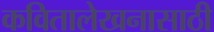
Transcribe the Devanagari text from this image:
कवितालेखनासाठी